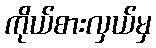
ကိုယ်စားလှယ်မှ